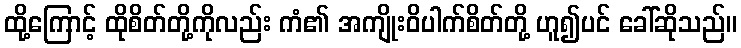
ထို့ကြောင့် ထိုစိတ်တို့ကိုလည်း ကံ၏ အကျိုးဝိပါက်စိတ်တို့ ဟူ၍ပင် ခေါ်ဆိုသည်။